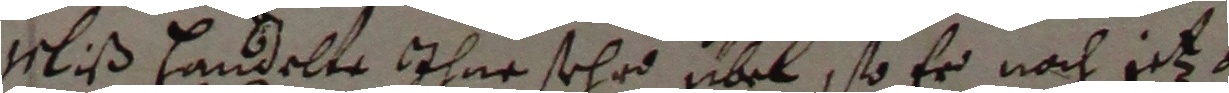
Uli� hanselts ihne sehr übel, so er nach jtzo